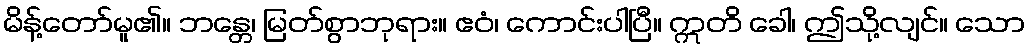
မိန့်တော်မူ၏။ ဘန္တေ၊ မြတ်စွာဘုရား။ ဧဝံ၊ ကောင်းပါပြီ။ ဣတိ ခေါ၊ ဤသို့လျင်။ သော